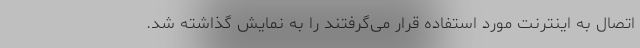
اتصال به اینترنت مورد استفاده قرار می‌گرفتند را به نمایش گذاشته شد.